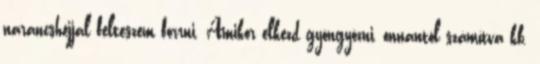
narancshéjjal felteszem forrni. Amikor elkezd gyöngyözni, onnantól számítva kb.